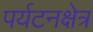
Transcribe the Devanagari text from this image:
पर्यटनक्षेत्र